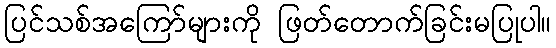
ပြင်သစ်အကြော်များကို ဖြတ်တောက်ခြင်းမပြုပါ။